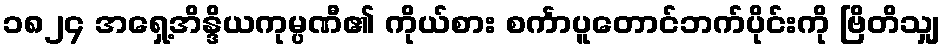
၁၈၂၄ အရှေ့အိန္ဒိယကုမ္ပဏီ၏ ကိုယ်စား စင်္ကာပူတောင်ဘက်ပိုင်းကို ဗြိတိသျှ